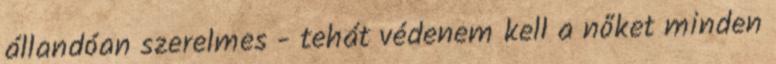
állandóan szerelmes - tehát védenem kell a nőket minden